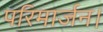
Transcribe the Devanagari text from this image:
परिमार्जन।